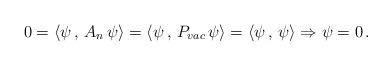
LaTeX: \begin{align*}0=\langle \psi\,,\, A_n\,\psi\rangle =\langle \psi\,,\, P_{vac}\,\psi\rangle =\langle \psi\,,\,\psi \rangle\Rightarrow \psi=0\,.\end{align*}